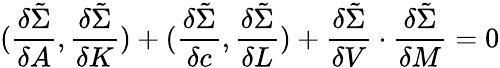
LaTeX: ({\frac{\delta\tilde{\Sigma}}{\delta A}},{\frac{\delta\tilde{\Sigma}}{\delta K}})+({\frac{\delta\tilde{\Sigma}}{\delta c}},{\frac{\delta\tilde{\Sigma}}{\delta L}})+{\frac{\delta\tilde{\Sigma}}{\delta V}}\cdot{\frac{\delta\tilde{\Sigma}}{\delta M}}=0